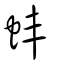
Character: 蚌